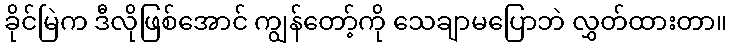
ခိုင်မြဲက ဒီလိုဖြစ်အောင် ကျွန်တော့်ကို သေချာမပြောဘဲ လွှတ်ထားတာ။